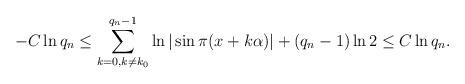
LaTeX: \begin{align*} -C\ln q_n\leq \sum _{k=0,k\neq k_0}^{q_n-1} \ln|\sin\pi(x+k\alpha )|+(q_n-1)\ln2\leq C\ln q_n.\end{align*}